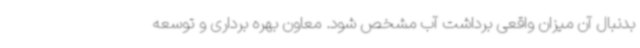
بدنبال آن میزان واقعی برداشت آب مشخص شود. معاون بهره برداری و توسعه